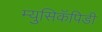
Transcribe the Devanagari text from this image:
म्युसिकॅपिडी